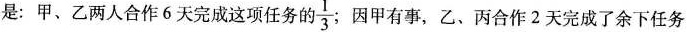
是：甲、乙两人合作6天完成这项任务的 $$ \frac{1}{3} $$ 因甲有事，乙、丙合作2天完成了余下任务